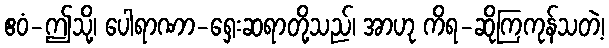
ဧဝံ-ဤသို့၊ ပေါရာဏာ-ရှေးဆရာတို့သည်၊ အာဟု ကိရ-ဆိုကြကုန်သတဲ့၊